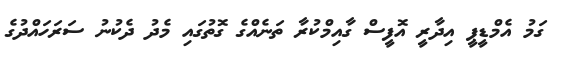
ގަމު އެމްޑީޕީ އިދާރީ އޮފީސް ގާއިމްކުރާ ތަނެއްގެ ގޮތުގައި މެދު ދެކުނު ސަރަހައްދުގެ